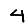
Digit: 4